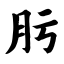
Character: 肟